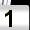
Digit: 1